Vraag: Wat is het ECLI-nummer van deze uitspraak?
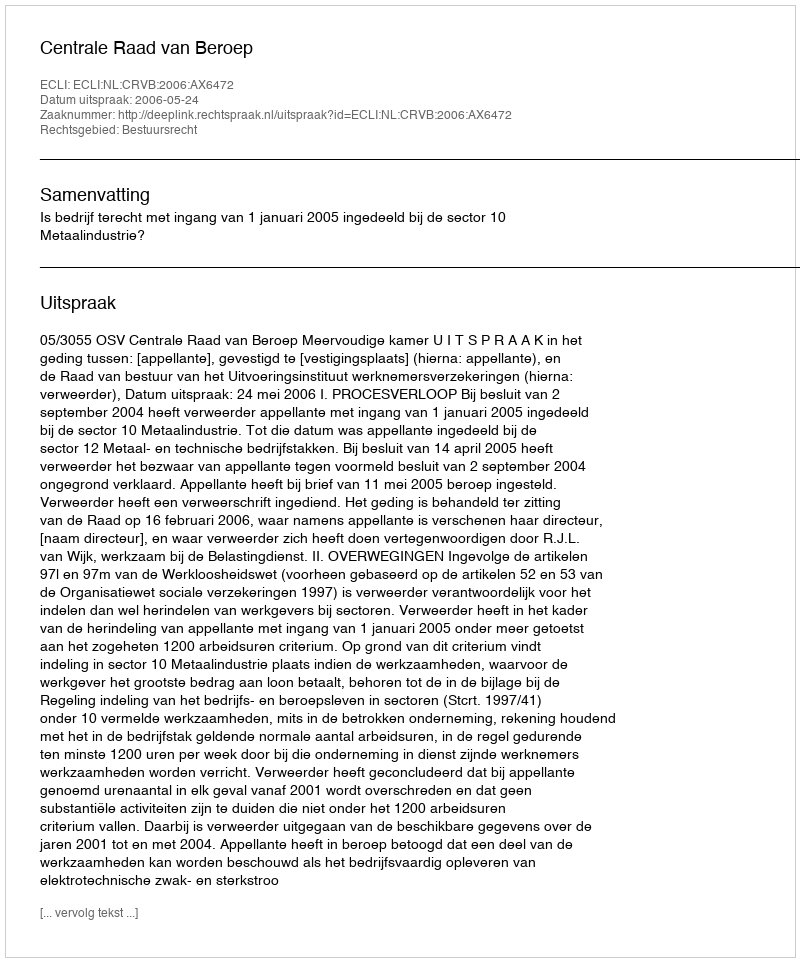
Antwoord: ECLI:NL:CRVB:2006:AX6472